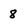
Character: 8